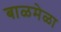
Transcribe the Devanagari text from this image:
बाळमेळा